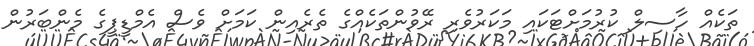
ތަކެއް ހާސިލް ކުރުމަށްޓަކައި މަކަރުވެރި ރޭވުންތަކެއްގެ ތެރެއިން ކަމަށް ވެސް އެމްޑީޕީގެ މެންބަރުން